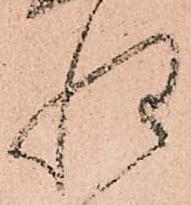
惶